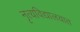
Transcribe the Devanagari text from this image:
नृत्यविद्यालयात